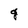
Character: g